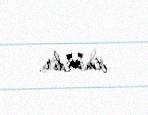
etməlidir.